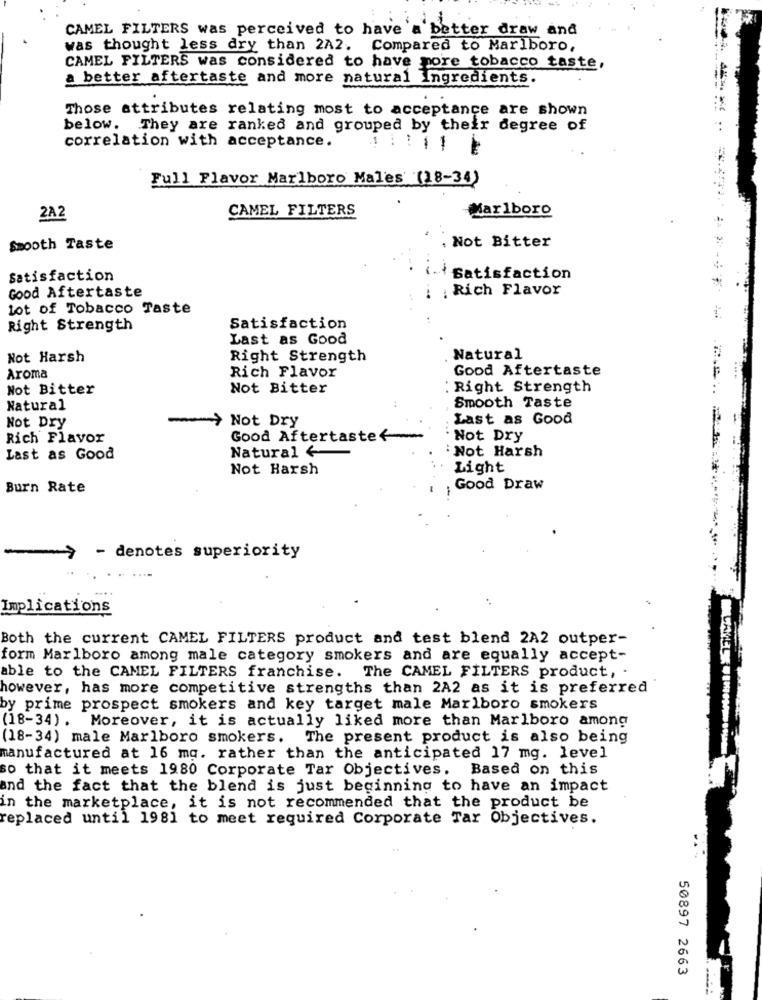
CAMEL FILTERS was perceived to have'a better draw and
was thought less dry than 2A2. Compared to Marlboro,
CAMEL FILTERS was considered to have more tobacco taste,
a better aftertaste and more natural Ingredients.
Those attributes relating most to acceptance are shown
below. They are ranked and grouped by their degree of
correlation with acceptance.
:1 1
Full Flavor Marlboro Males (18-34)
CAMEL FILTERS
Marlboro
2A2
. Not Bitter
Smooth Taste
Satisfaction
Satisfaction
Rich Flavor
Good Aftertaste
Lot of Tobacco Taste
Right Strength
Satisfaction
Last as Good
Not Harsh
Right Strength
Natural
Good Aftertaste
Aroma
Rich Flavor
Not Bitter
Not Bitter
Right Strength
Natural
Smooth Taste
Not Dry
Not Dry
Last as Good
Rich Flavor
Good Aftertaste
Not Dry
Natural +
Not Harsh
Last as Good
Not Harsh
Light
Burn Rate
Good Draw
-
-
- denotes superiority
Implications
Both the current CAMEL FILTERS product and test blend 2A2 outper-
form Marlboro among male category smokers and are equally accept-
able to the CAMEL FILTERS franchise. The CAMEL FILTERS product, .
however, has more competitive strengths than 2A2 as it is preferred
by prime prospect smokers and key target male Marlboro smokers
(18-34). Moreover, it is actually liked more than Marlboro among
(18-34) male Marlboro smokers. The present product is also being
manufactured at 16 mg. rather than the anticipated 17 mg. level
so that it meets 1980 Corporate Tar Objectives. Based on this
and the fact that the blend is just beginning to have an impact
in the marketplace, it is not recommended that the product be
replaced until 1981 to meet required Corporate Tar Objectives.
50897 2663